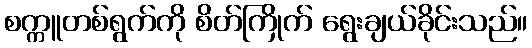
စက္ကူတစ်ရွက်ကို စိတ်ကြိုက် ရွေးချယ်ခိုင်းသည်။